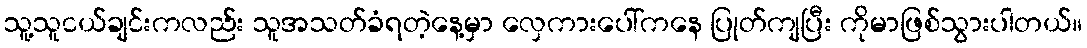
သူ့သူငယ်ချင်းကလည်း သူအသတ်ခံရတဲ့နေ့မှာ လှေကားပေါ်ကနေ ပြုတ်ကျပြီး ကိုမာဖြစ်သွားပါတယ်။